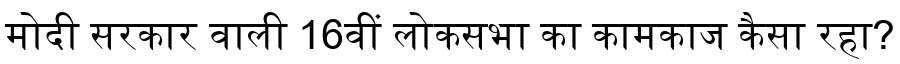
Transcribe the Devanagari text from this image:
मोदी सरकार वाली 16वीं लोकसभा का कामकाज कैसा रहा?